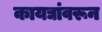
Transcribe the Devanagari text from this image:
कायद्यांवरून